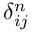
\delta _ { i j } ^ { n }